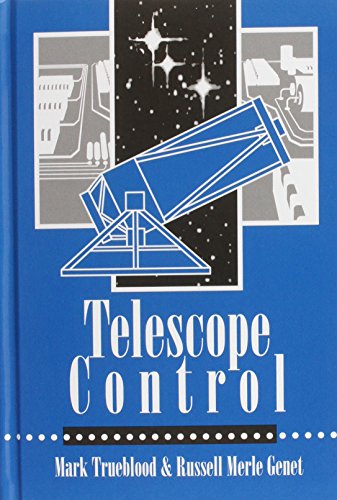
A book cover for Telescope Control; Mark Trueblood; Science & Math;